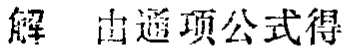
解 由通项公式得